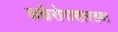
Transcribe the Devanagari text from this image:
कर्करोगासारख्या